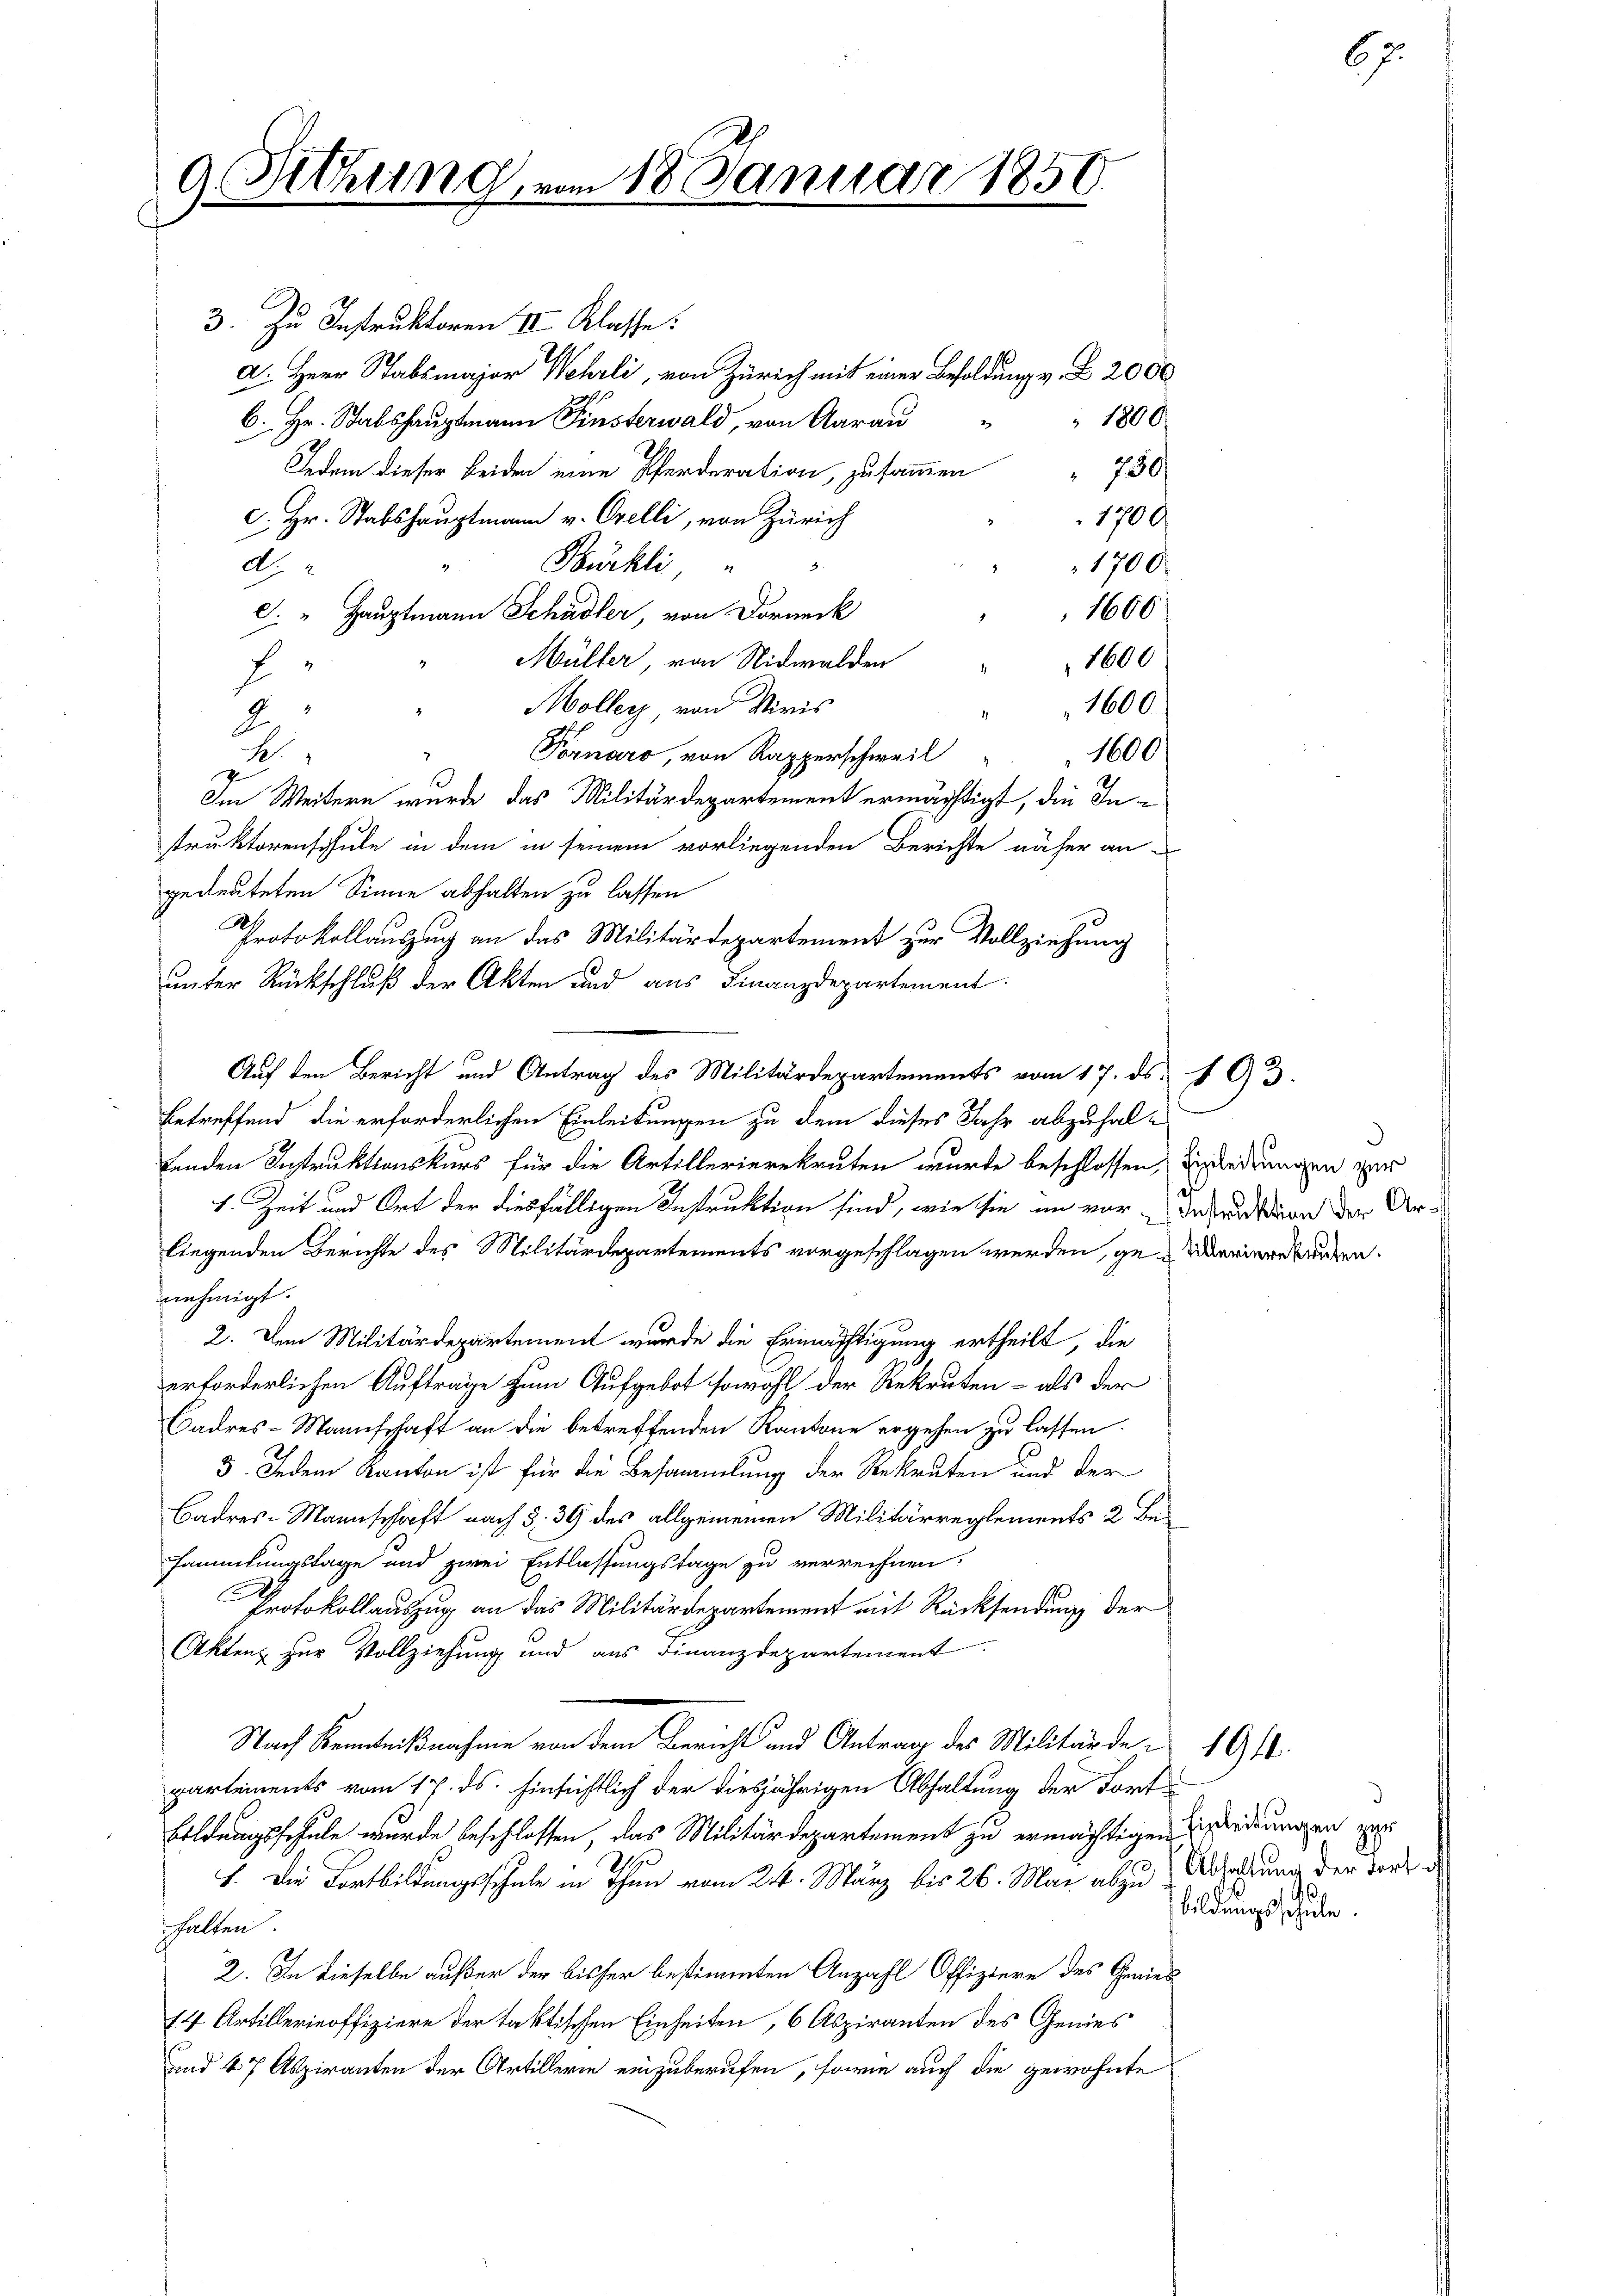
9. Sitzung

18. Januar 1850.

3. Zu Instruktoren II Klasse.
a. Herr Stabsmajor Wehrli, von Zürich mit einer Besoldung v. Z. 2000
1800.
6. Hr. Stabshauptmann Finsterwald, von Aarau
Jedem dieser beiden eine Pferderation, zusammen
c. Hr. Stabshauptmann v. Orelli, von Zürich
Bürkli
1700
d.
1606
c. " Hauptmann Schädler, von Dorneck
Müller, von Nidwalden " 1600
E
Möller von Viris
1600
2
Fornaro, von Rapperschweil
1600
.
Im Weitern wurde das Militärdepartement ermächtigt, die Instruktorenschule in dem in seinem vorliegenden Berichte näher an-
gedeuteten Sinne abhalten zu lassen
Protokollauszug an das Militärdepartement zur Vollziehung
unter Rückschluß der Akten und aus Finanzdepartement.
Auf den Bericht und Antrag des Militärdepartements vom 17. ds. 193.
betreffend die erforderlichen Einleitungen zu dem dieses Jahr abzuhalfenden Instruktionskurs für die Artillerierekruten wurde beschlossen, Einladungen zur
1. Zeit und Ort der diesfälligen Instruktion sind, wie sie im vor-Insrusion der Ur-
liegenden Berichte des Militärdepartements vorgeschlagen werden, ge- Marierturten.
nehmigt.
2. Dem Militärdepartement wurde die Ermächtigung ertheilt, die
erforderlichen Aufträge zum Aufgebot sowohl der Rekruten - als der
Cadres-Mannschaft an die betreffenden Kantone ergehen zu lassen.
3. Jedem Kanton ist für die Besammlung der Rekruten und der
Badres-Mannschaft nach §. 39 des allgemeinen Militärreglements 2 Besammlungstage und zwei Entlassungstage zu verrechnen.
Protokollauszug an das Militärdepartement mit Rücksendung der
Aktenz zur Vollziehung und aus Finanzdepartement
Nach Kenntnißnahme von dem Bericht und Antrag des Militärde u. 1910.
partements vom 17. ds. hinsichtlich der diesjährigen Abhaltung der Fort
Bildungsschule wurde beschlossen, das Militärdepartement zu ermächtigen ordnungen e
1. Die Fortbildungsschule in Thun vom 24. März bis 26. Mai abzustellung der Tort
halten.
2. In dieselbe außer der bisher bestimmten Anzahl Offiziere des Genies
14 Artillerinoffiziere der faktischen Einheiten, 6 Aspiranten des Genies
und 47 Aspiranten der Artillerin einzuberufen, sowie auch die gewohnte

750.
1700.

67.

1
bildungsschule.